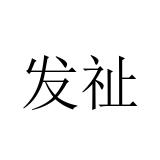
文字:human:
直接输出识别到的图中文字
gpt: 发祉